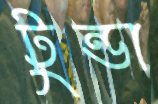
টুন্ডা